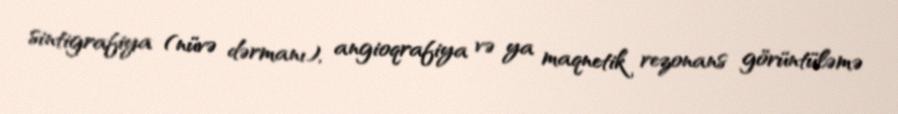
sintigrafiya (nüvə dərmanı), angioqrafiya və ya maqnetik rezonans görüntüləmə